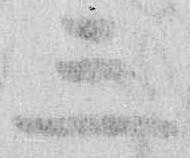
三